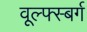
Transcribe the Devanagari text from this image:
वूल्फ्स्बर्ग